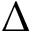
\Delta